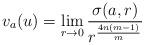
LaTeX: \begin{align*}v_a(u)=\lim_{r\to0} {\frac{\sigma(a,r)}{{r}^{\frac{4n(m-1)}{m}}}}\end{align*}